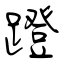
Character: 蹬